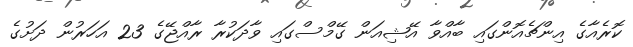
ކޮރެއާގެ އިންޗެއޮންގައި ބާއްވާ އޭޝިއަން ގޭމްސްގައި ވާދަކުރާ ރާއްޖޭގެ 23 އަހަރުން ދަށުގެ